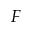
F